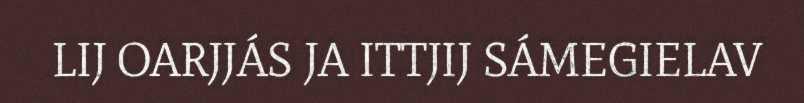
LIJ OARJJÁS JA ITTJIJ SÁMEGIELAV